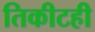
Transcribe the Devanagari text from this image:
तिकीटही